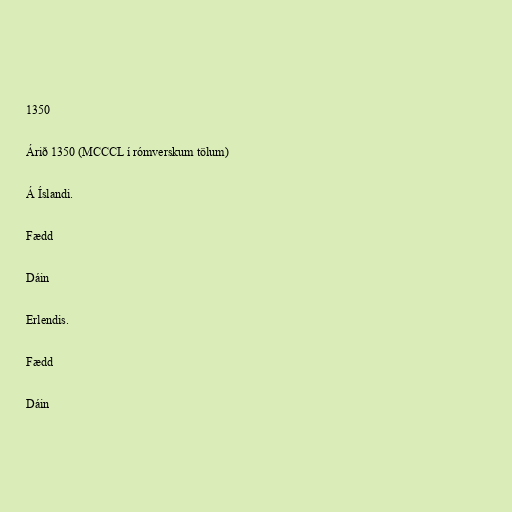
1350

Árið 1350 (MCCCL í rómverskum tölum)

Á Íslandi.

Fædd

Dáin

Erlendis.

Fædd

Dáin